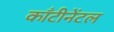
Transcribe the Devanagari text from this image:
काँटीनेंटल